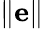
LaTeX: \lVert\mathbf e\rVert